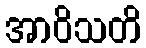
အာဝိသတိ